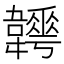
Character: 𩏬